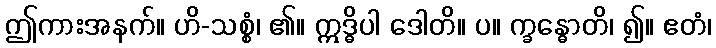
ဤကားအနက်။ ဟိ-သစ္စံ၊ ၏။ ဣဒ္ဓိပါ ဒေါတိ။ ပ။ က္ခန္ဓောတိ၊ ၍။ ဧတံ၊